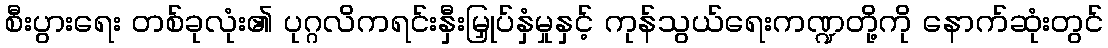
စီးပွားရေး တစ်ခုလုံး၏ ပုဂ္ဂလိကရင်းနှီးမြှုပ်နှံမှုနှင့် ကုန်သွယ်ရေးကဏ္ဍတို့ကို နောက်ဆုံးတွင်